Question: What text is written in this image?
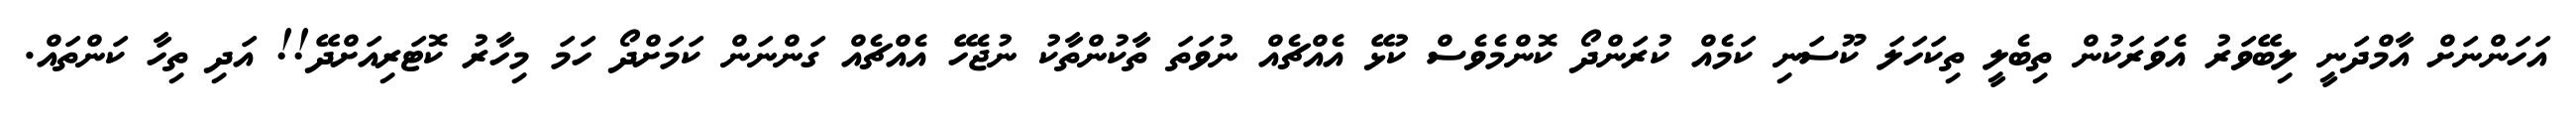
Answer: އަހަންނަށް އާމްދަނީ ލިބޭވަރު އެވަރަކުން ތިބެލީ ތިކަހަލަ ކޫސަނި ކަމެއް ކުރަންދޯ ކޮންމެވެސް ކުޅޭ އެއްޗެއް ނުވަތަ ތާކުންތާކު ނުޖެހޭ އެއްޗެއް ގަންނަން ކަމަށްދޯ ހަމަ މިހާރު ކޮޓަރިއަށްދޭ!! އަދި ތިހާ ކަންތައް.